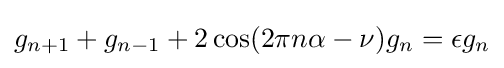
g_{n+1}+g_{n-1}+2\cos(2\pi n\alpha -\nu )g_{n}=\epsilon g_{n}